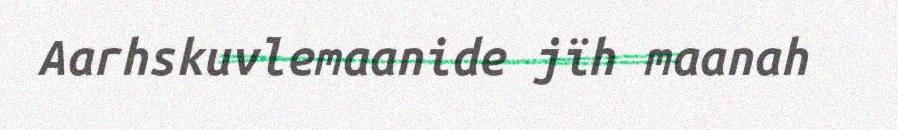
Aarhskuvlemaanide jïh maanah